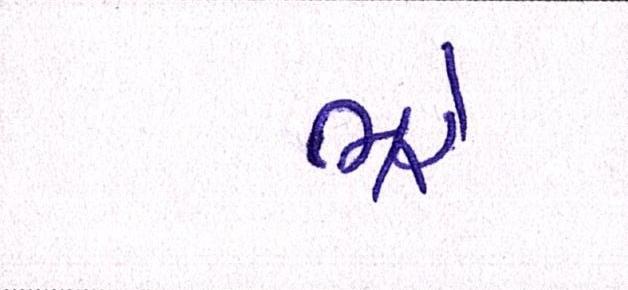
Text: ભરે